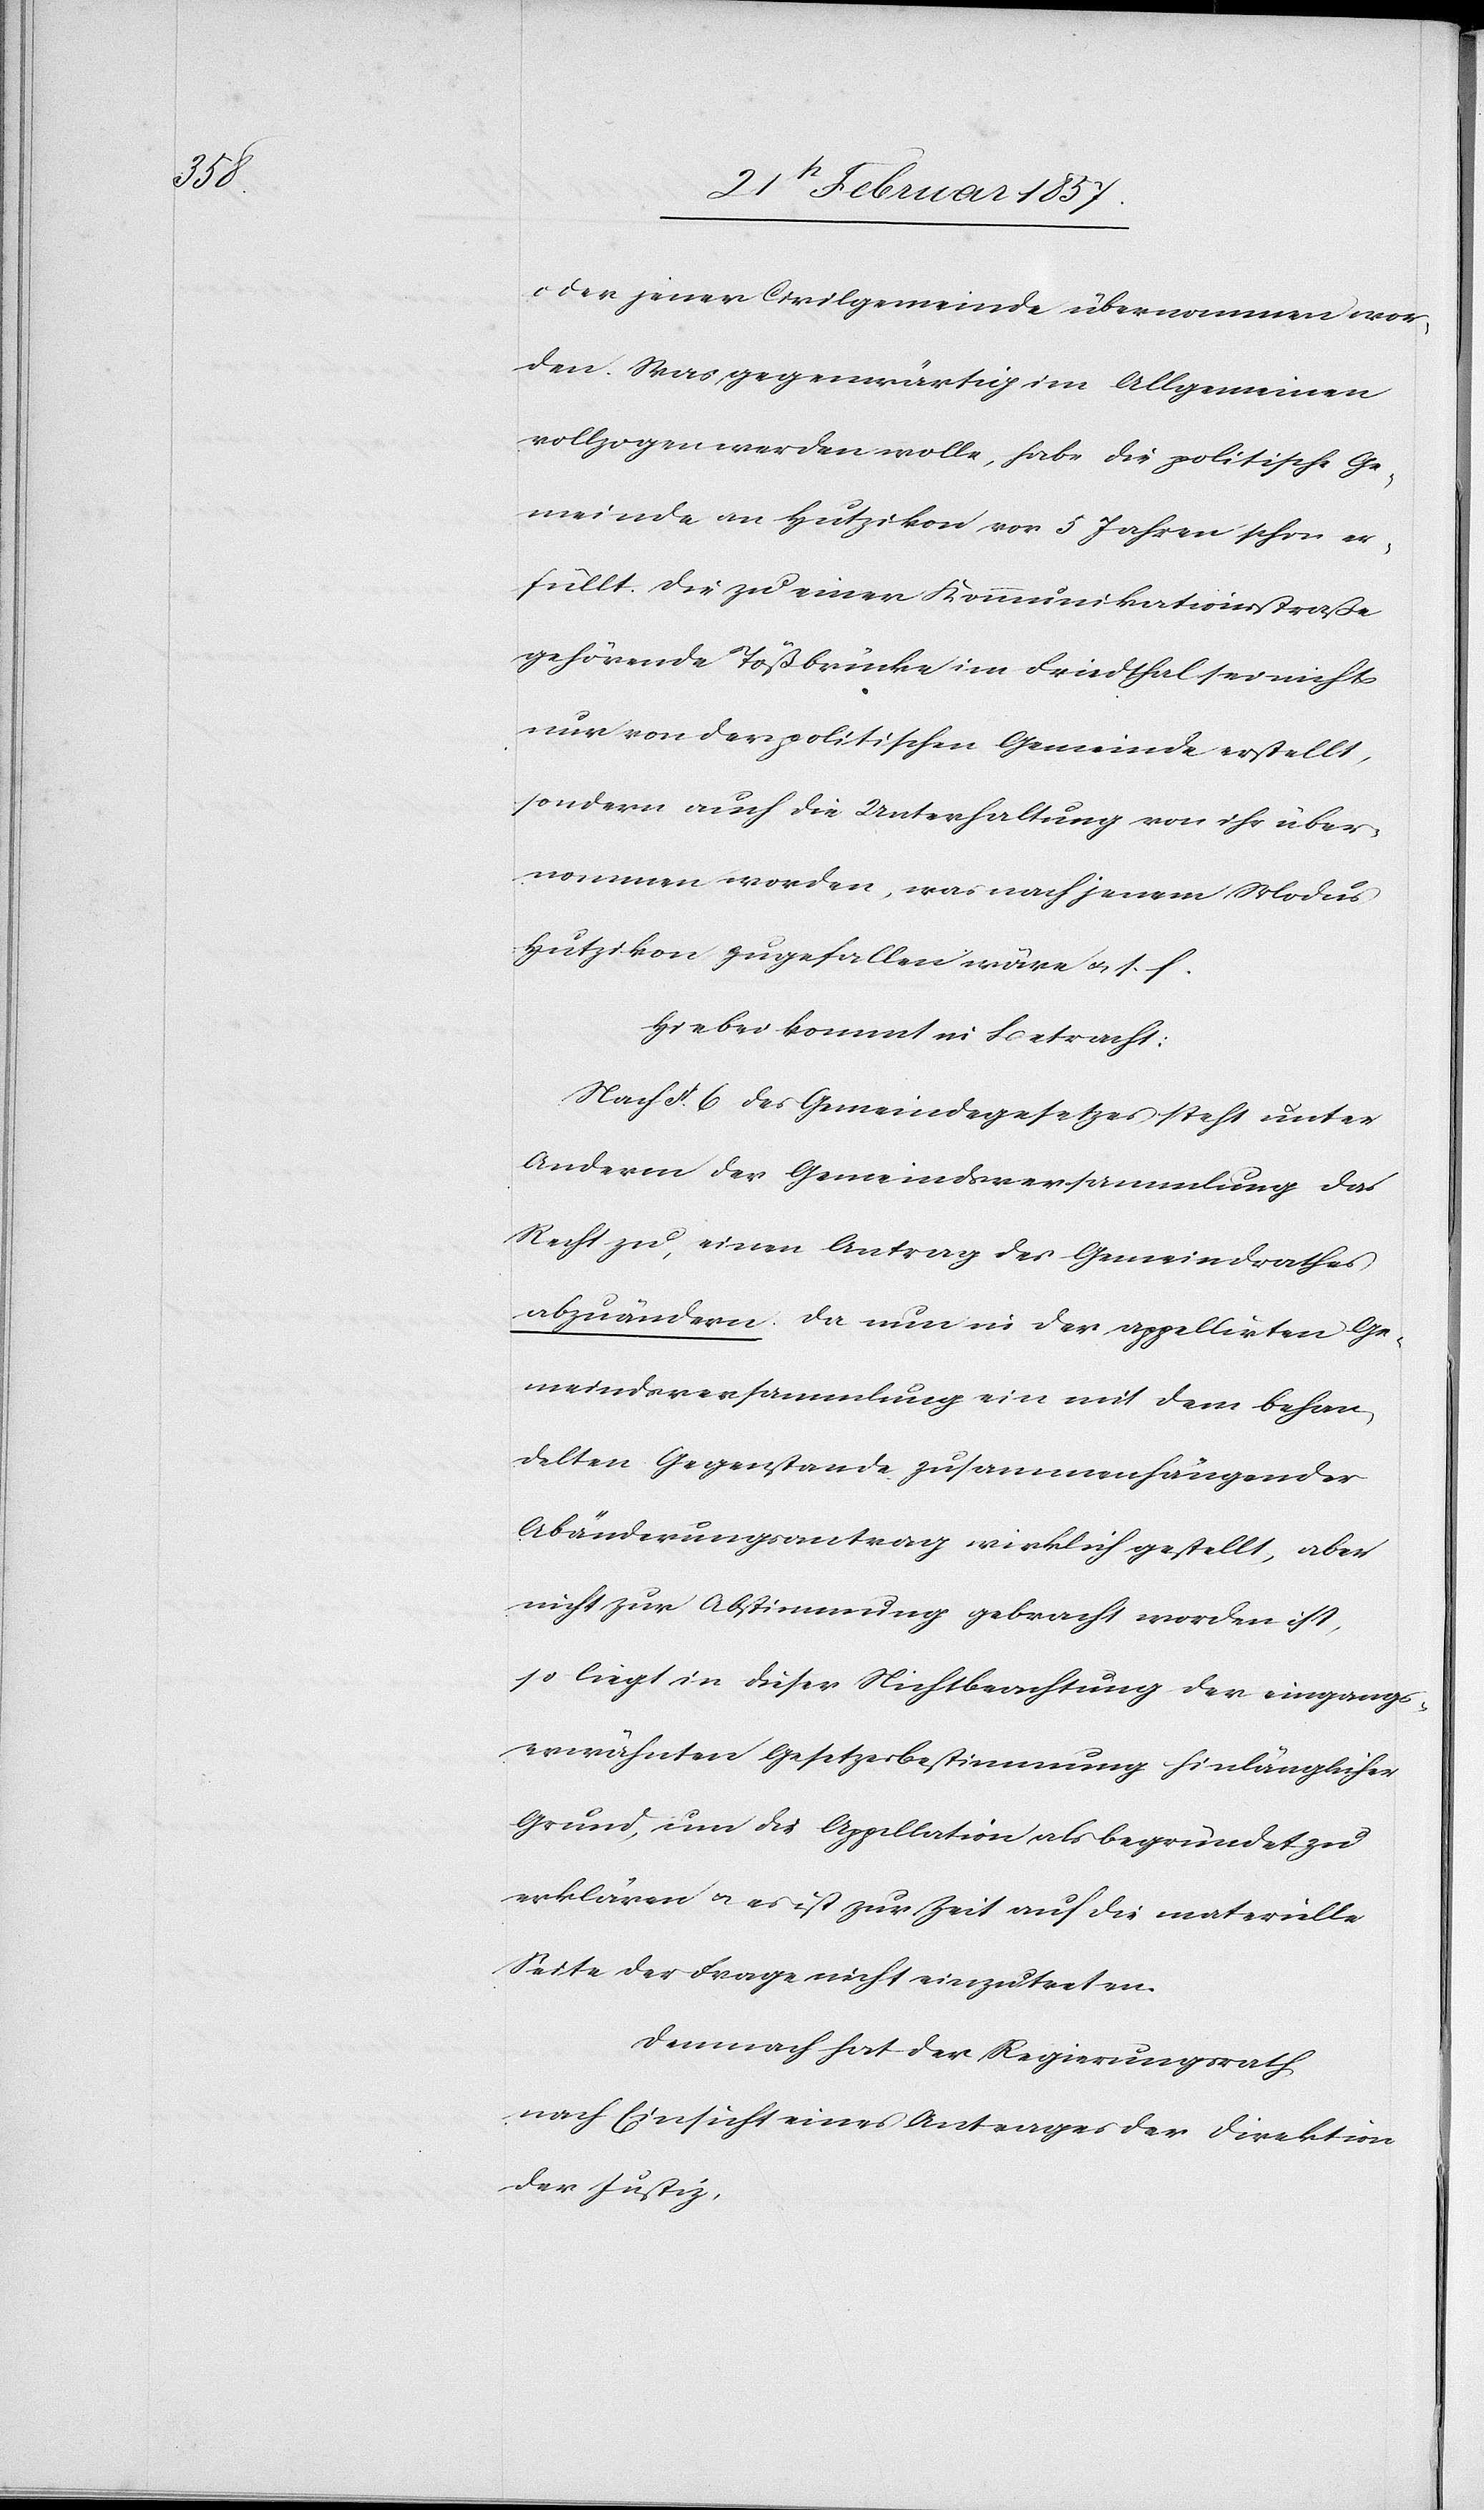
oder jener Civilgemeinde übernommen wor¬
den. Was gegenwärtig im Allgemeinen
vollzogen werden wolle, habe die politische Ge¬
meinde an Hutzikon vor 5 Jahren schon er¬
füllt. Die zu einer Kommunikationsstraße
gehörende Tößbrücke im Driedthal sei nicht
nur von der politischen Gemeinde erstellt,
sondern auch die Unterhaltung von ihr über¬
nommen worden, was nach jenem Modus
Hutzikon zugefallen wäre u. s. f.
Hiebei kommt in Betracht:
Nach § 6 des Gemeindegesetzes steht unter
Anderm der Gemeindsversammlung das
Recht zu, einen Antrag des Gemeindrathes
abzuändern. Da nun in der appellirten Ge¬
meindsversammlung ein mit dem behan¬
delten Gegenstande zusammenhängender
Abänderungsantrag wirklich gestellt, aber
nicht zur Abstimmung gebracht worden ist,
so liegt in dieser Nichtbeachtung der eingangs¬
erwähnten Gesetzesbestimmung hinlänglicher
Grund, um die Appellation als begründet zu
erklären u. es ist zur Zeit auf die materielle
Seite der Frage nicht einzutreten.
Demnach hat der Regierungsrath
nach Einsicht eines Antrages der Direktion
der Justiz,